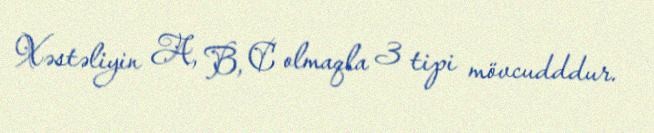
Xəstəliyin A, B, C olmaqla 3 tipi mövcudddur.